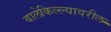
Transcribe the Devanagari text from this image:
बालेकिल्ल्यावरील